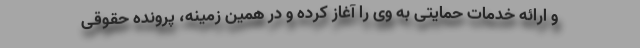
و ارائه خدمات حمایتی به وی را آغاز کرده و در همین زمینه، پرونده حقوقی